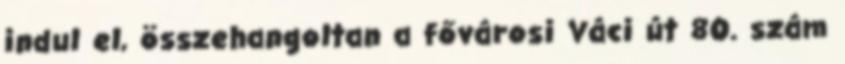
indul el, összehangoltan a fővárosi Váci út 80. szám